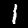
Digit: 1